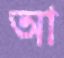
আ